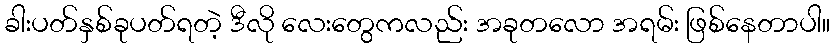
ခါးပတ်နှစ်ခုပတ်ရတဲ့ ဒီလို လေးတွေကလည်း အခုတလော အရမ်း ဖြစ်နေတာပါ။